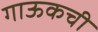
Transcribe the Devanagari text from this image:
गाऊकची